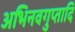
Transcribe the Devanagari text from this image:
अभिनवगुप्तादि